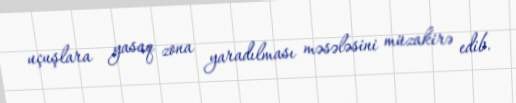
uçuşlara yasaq zona yaradılması məsələsini müzakirə edib.